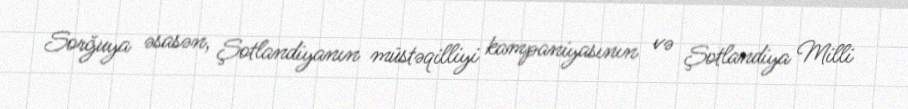
Sorğuya əsasən, Şotlandiyanın müstəqilliyi kampaniyasının və Şotlandiya Milli